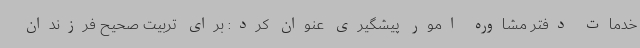
خدمات دفتر مشاوره امور پیشگیری عنوان کرد: برای تربیت صحیح فرزندان